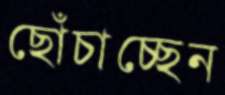
ছোঁচাচ্ছেন